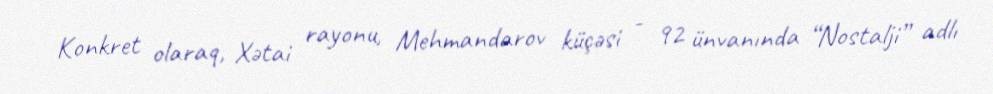
Konkret olaraq, Xətai rayonu, Mehmandarov küçəsi - 92 ünvanında “Nostalji” adlı